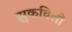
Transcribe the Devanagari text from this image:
झुकविली